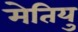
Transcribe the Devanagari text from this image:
मेतियु